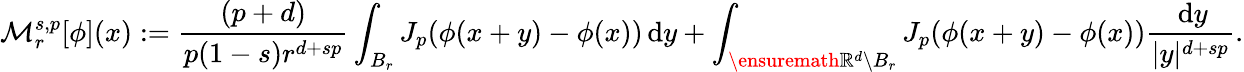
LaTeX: \mathcal{M}_{r}^{s,p}[\phi](x):=\frac{(p+d)}{p(1-s)r^{d+sp}}\int_{B_{r}}J_{p}(\phi(x+y)-\phi(x))\, \mathrm{d}y+\int_{\ensuremath{\mathbb{R}}^{d}\setminus B_{r}}J_{p}(\phi(x+y)-\phi(x))\frac{\, \mathrm{d}y}{|y|^{d+sp}}.